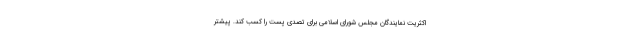
اکثریت نمایندگان مجلس شورای اسلامی برای تصدی پست را کسب کند. پیشتر